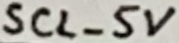
Text: SCL_5V